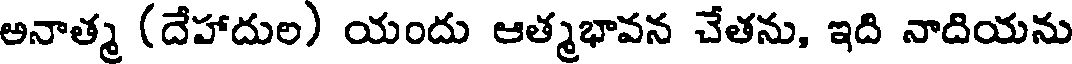
అనాత్మ (దేహాదుల) యందు ఆత్మభావన చేతను, ఇది నాదియను